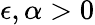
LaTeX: \epsilon,\alpha>0